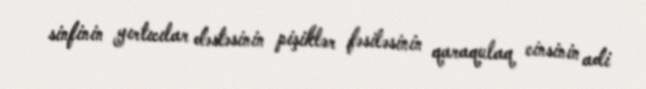
sinfinin yırtıcılar dəstəsinin pişiklər fəsiləsinin qaraqulaq cinsinin adi